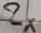
Text: 2x